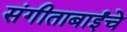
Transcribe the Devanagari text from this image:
संगीताबाईंचे